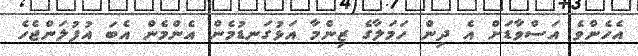
އެހެންވެ އަސްވާޑަށް އެ ދިން ހަމަލާގެ ޒިންމާ އަޅުގަނޑުމެން އެންމެން އެބަ އުފުލަންޖެހެ